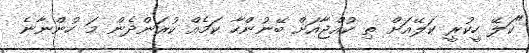
"ކަލޭ ހީކުރީ ކަލޭއަށް ތި ކުއްޖާއަށް ބޭނުންހާ ކަމެއް ކުރަންދެން މަ ހުންނާނެ